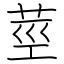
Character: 莖